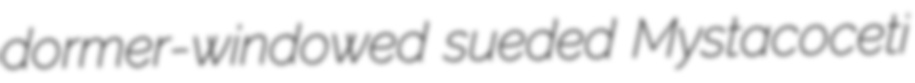
dormer-windowed sueded Mystacoceti